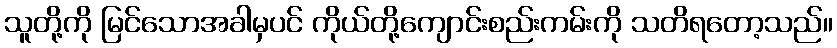
သူတို့ကို မြင်သောအခါမှပင် ကိုယ်တို့ကျောင်းစည်းကမ်းကို သတိရတော့သည်။